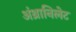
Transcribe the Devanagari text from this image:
अंथ्रानिलेट